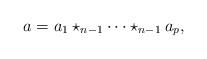
LaTeX: \begin{align*}a = a_1 \star_{n-1} \cdots \star_{n-1} a_p,\end{align*}